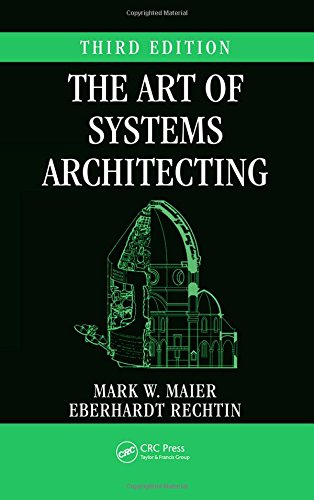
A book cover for The Art of Systems Architecting, Third Edition (Systems Engineering); Mark W. Maier; Computers & Technology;